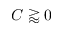
C \gtrapprox 0